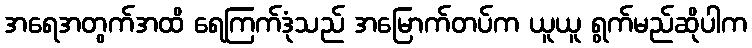
အရေအတွက်အထိ ရေကြက်ဒုံသည် အမြောက်တပ်က ယူယူ ရွက်မည်ဆိုပါက